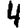
Digit: 4